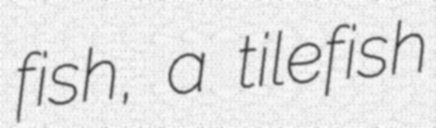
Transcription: fish, a tilefish